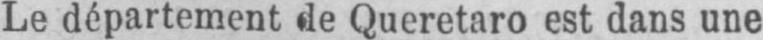
Le département de Queretaro est dans une